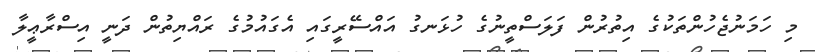
މި ހަމަނުޖެހުންތަކުގެ އިތުރުން ފަލަސްތީނުގެ ހުޅަނގު އައްސޭރީގައި އެގައުމުގެ ރައްޔިތުން ދަނީ އިސްރާޢީލާ